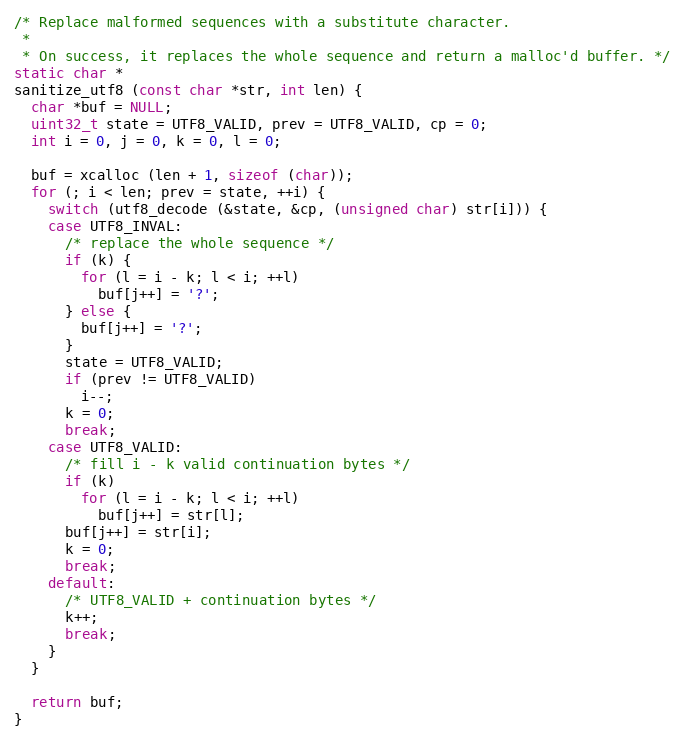
Language: C
/* Replace malformed sequences with a substitute character.
 *
 * On success, it replaces the whole sequence and return a malloc'd buffer. */
static char *
sanitize_utf8 (const char *str, int len) {
  char *buf = NULL;
  uint32_t state = UTF8_VALID, prev = UTF8_VALID, cp = 0;
  int i = 0, j = 0, k = 0, l = 0;

  buf = xcalloc (len + 1, sizeof (char));
  for (; i < len; prev = state, ++i) {
    switch (utf8_decode (&state, &cp, (unsigned char) str[i])) {
    case UTF8_INVAL:
      /* replace the whole sequence */
      if (k) {
        for (l = i - k; l < i; ++l)
          buf[j++] = '?';
      } else {
        buf[j++] = '?';
      }
      state = UTF8_VALID;
      if (prev != UTF8_VALID)
        i--;
      k = 0;
      break;
    case UTF8_VALID:
      /* fill i - k valid continuation bytes */
      if (k)
        for (l = i - k; l < i; ++l)
          buf[j++] = str[l];
      buf[j++] = str[i];
      k = 0;
      break;
    default:
      /* UTF8_VALID + continuation bytes */
      k++;
      break;
    }
  }

  return buf;
}